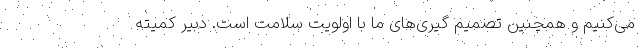
می‌کنیم و همچنین تصمیم گیری‌های ما با اولویت سلامت است. دبیر کمیته